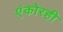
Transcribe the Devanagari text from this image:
एंकोरही